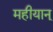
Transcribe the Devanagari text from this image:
महीयान्‌